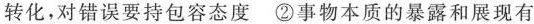
转化，对错误要持包容态度 ②事物本质的暴露和展现有